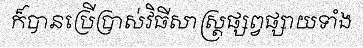
ក៏បានប្រើប្រាស់វិធីសាស្ត្រផ្សព្វផ្សាយទាំង